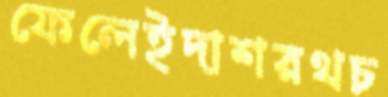
ফেলেইদাশরথচ